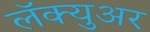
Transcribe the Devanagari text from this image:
लॅक्युअर